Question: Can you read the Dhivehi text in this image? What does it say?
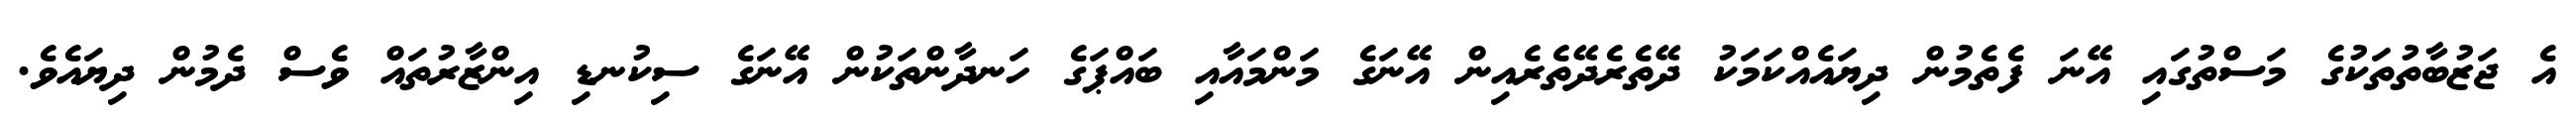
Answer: އެ ޖަޒުބާތުތަކުގެ މަސްތުގައި އޭނަ ފެތެމުން ދިޔައެއްކަމަކު ދޭތެރެދޭތެރެއިން އޭނަގެ މަންމައާއި ބައްޕަގެ ހަނދާންތަކުން އޭނަގެ ސިކުނޑި އިންޒާރުތައް ވެސް ދެމުން ދިޔައެވެ.